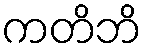
ကတိဘိ